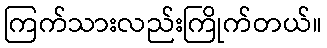
ကြက်သားလည်းကြိုက်တယ်။